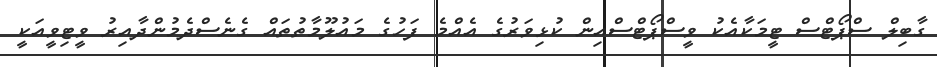
ގާބިލް ސްޕޯޓްސް ޓީމަކާއެކު ވީސްޕޯޓްސްއިން ކުޅިވަރުގެ އެއްމެ ފަހުގެ މައުލޫމާތުތައް ގެނެސްދެމުންދާއިރު ވީޓިވީއަކީ